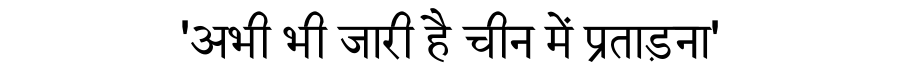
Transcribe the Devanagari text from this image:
'अभी भी जारी है चीन में प्रताड़ना'